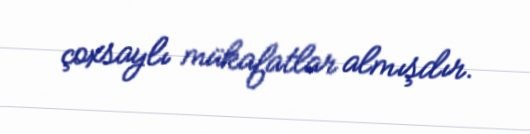
çoxsaylı mükafatlar almışdır.